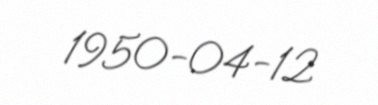
1950-04-12